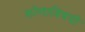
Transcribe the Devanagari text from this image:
कोणाविषयी